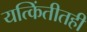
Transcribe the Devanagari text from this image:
यत्किंतीतही